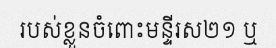
របស់ខ្លួនចំពោះមន្ទីរស២១ ឬ